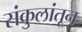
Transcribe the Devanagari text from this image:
संकुलांतून